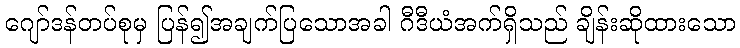
ဂျော်ဒန်တပ်စုမှ ပြန်၍အချက်ပြသောအခါ ဂီဒီယံအက်ရှိသည် ချိန်းဆိုထားသော